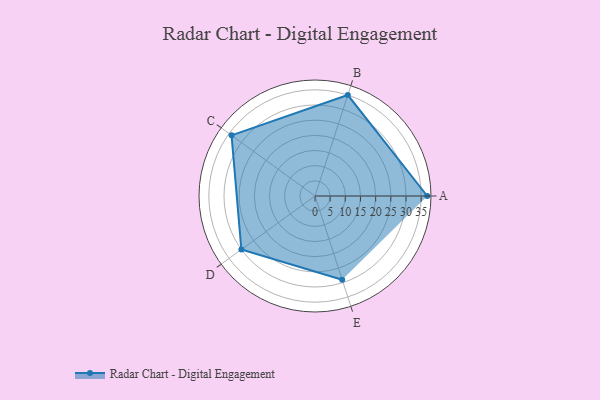
{"axis": {"x": "Skill", "y": "Score"}, "legend": ["Profile"], "data": [{"x": "A", "y": 37.0, "type": "Profile"}, {"x": "B", "y": 35.0, "type": "Profile"}, {"x": "C", "y": 34.0, "type": "Profile"}, {"x": "D", "y": 30.0, "type": "Profile"}, {"x": "E", "y": 29.0, "type": "Profile"}]}